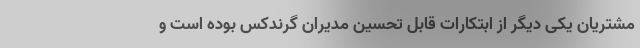
مشتریان یکی دیگر از ابتکارات قابل تحسین مدیران گرندکس بوده است و